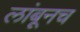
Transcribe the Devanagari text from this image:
लांबूनच